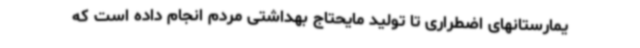
یمارستانهای اضطراری تا تولید مایحتاج بهداشتی مردم انجام داده است که